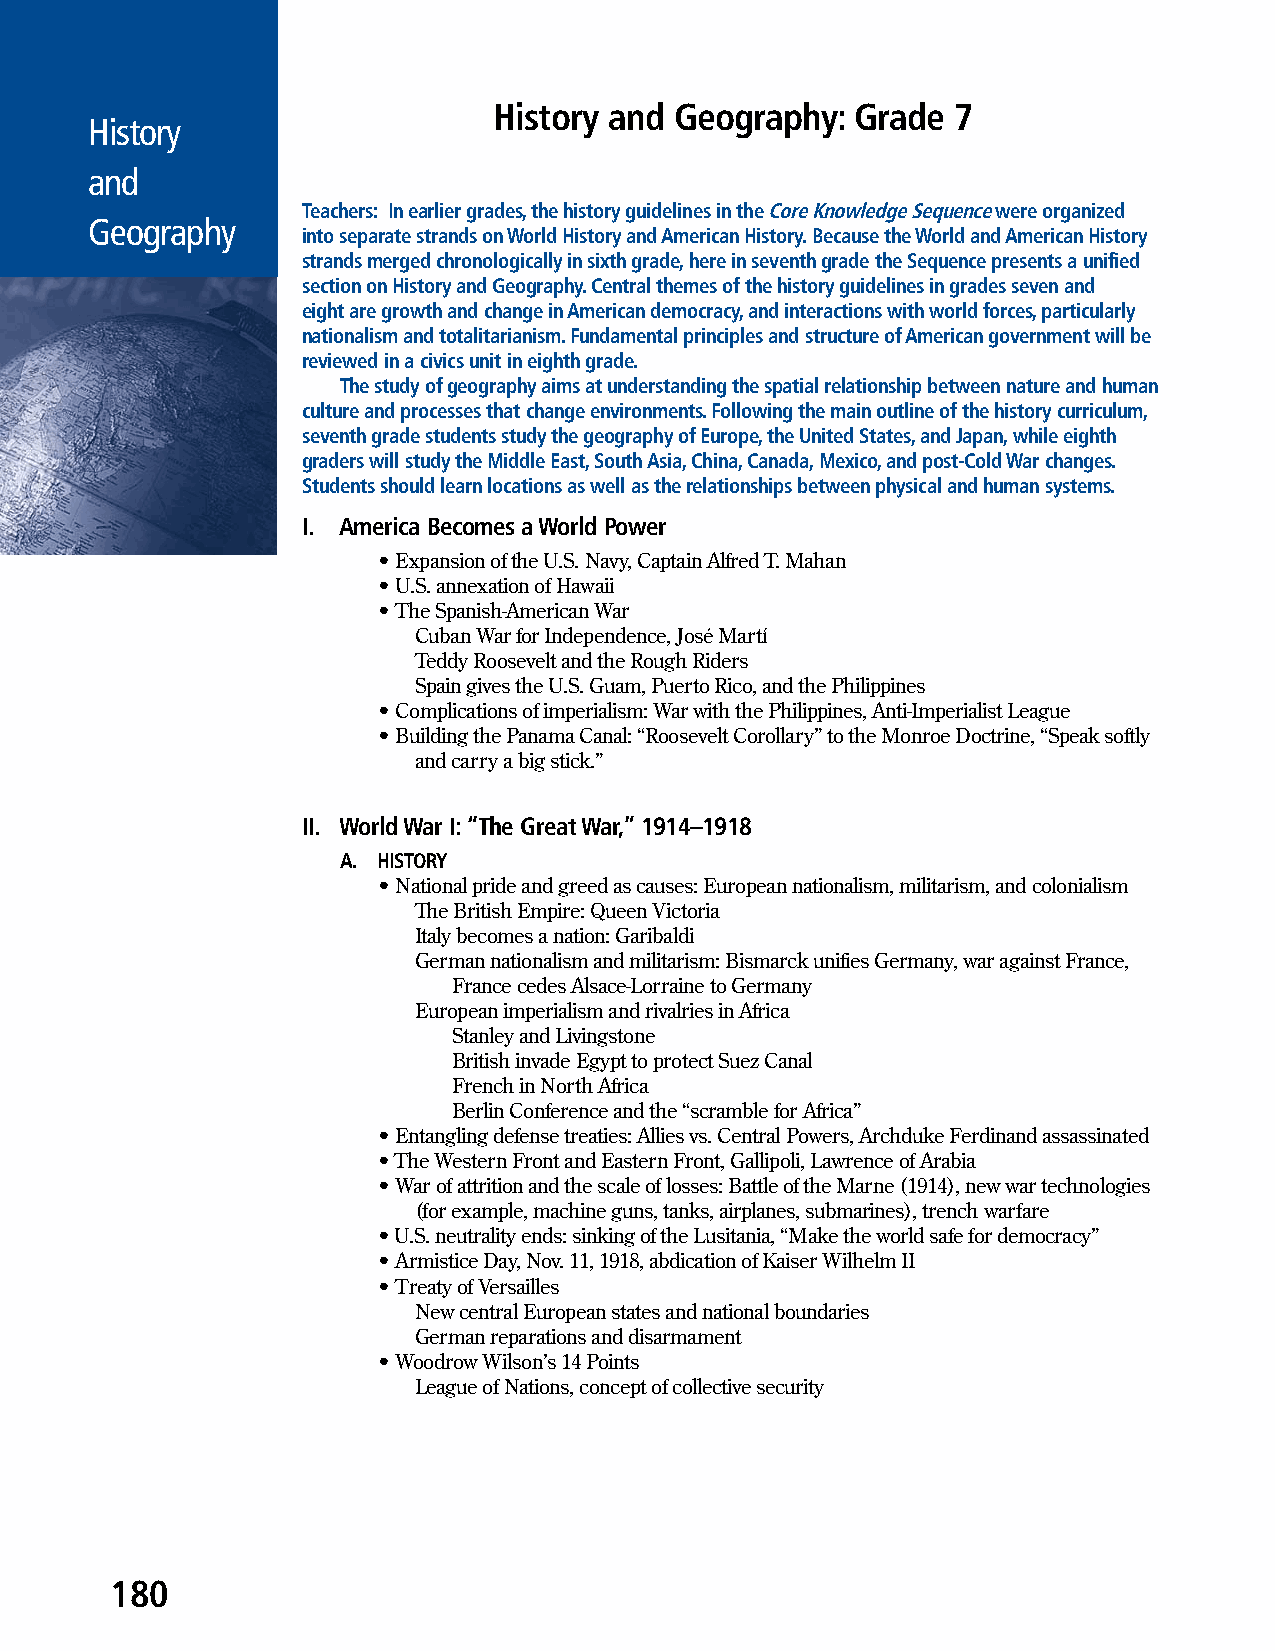
History and Geography:  Grade 7
 History
 and
 Teachers: In earlier grades, the history guidelines in the Core Knowledge Sequence were organized
 Geography
 into separate strands on World History and American History. Because the World and American History
 strands merged chronologically in sixth grade, here in seventh grade the Sequence presents a unified
 section on History and Geography. Central themes of the history guidelines in grades seven and
 eight are growth and change in American democracy, and interactions with world forces, particularly
 nationalism and totalitarianism. Fundamental principles and structure of American government will be
 reviewed in a civics unit in eighth grade.
 The study of geography aims at understanding the spatial relationship between nature and human
 culture and processes that change environments. Following the main outline of the history curriculum,
 seventh grade students study the geography of Europe, the United States, and Japan, while eighth
 graders will study the Middle East, South Asia, China, Canada, Mexico, and post-Cold War changes.
 Students should learn locations as well as the relationships between physical and human systems.
 I. America Becomes a World Power
 • Expansion of the U.S. Navy, Captain Alfred T. Mahan
 • U.S. annexation of Hawaii
 • The Spanish-American War
 Cuban War for Independence, José Martí
 Teddy Roosevelt and the Rough Riders
 Spain gives the U.S. Guam, Puerto Rico, and the Philippines
 • Complications of imperialism: War with the Philippines, Anti-Imperialist League
 • Building the Panama Canal: “Roosevelt Corollary” to the Monroe Doctrine, “Speak softly
 and carry a big stick.”
 II. World War I: “The Great War,” 1914–1918
 A. HISTORY
 • National pride and greed as causes: European nationalism, militarism, and colonialism
 The British Empire: Queen Victoria
 Italy becomes a nation: Garibaldi
 German nationalism and militarism: Bismarck unifies Germany, war against France,
 France cedes Alsace-Lorraine to Germany
 European imperialism and rivalries in Africa
 Stanley and Livingstone
 British invade Egypt to protect Suez Canal
 French in North Africa
 Berlin Conference and the “scramble for Africa”
 • Entangling defense treaties: Allies vs. Central Powers, Archduke Ferdinand assassinated
 • The Western Front and Eastern Front, Gallipoli, Lawrence of Arabia
 • War of attrition and the scale of losses: Battle of the Marne (1914), new war technologies
 (for example, machine guns, tanks, airplanes, submarines), trench warfare
 • U.S. neutrality ends: sinking of the Lusitania, “Make the world safe for democracy”
 • Armistice Day, Nov. 11, 1918, abdication of Kaiser Wilhelm II
 • Treaty of Versailles
 New central European states and national boundaries
 German reparations and disarmament
 • Woodrow Wilson’s 14 Points
 League of Nations, concept of collective security
 180